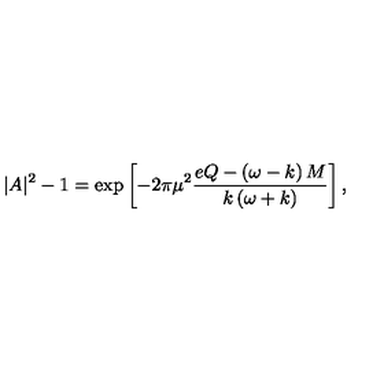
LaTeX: | A | ^ { 2 } - 1 = \exp \left[ - 2 \pi \mu ^ { 2 } \frac { e Q - \left( \omega - k \right) M } { k \left( \omega + k \right) } \right] ,